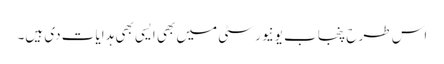
اس طرح پنجاب یونیورسٹی میں بھی ایسی بھی ہدایات دی ہیں۔